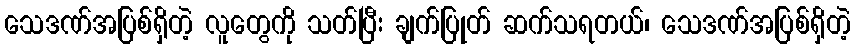
သေဒဏ်အပြစ်ရှိတဲ့ လူတွေကို သတ်ပြီး ချက်ပြုတ် ဆက်သရတယ်၊ သေဒဏ်အပြစ်ရှိတဲ့